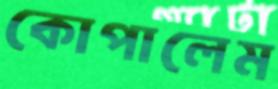
কোপালেম